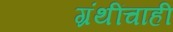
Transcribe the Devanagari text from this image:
ग्रंथींचाही